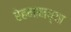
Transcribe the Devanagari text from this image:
रेहमानच्या